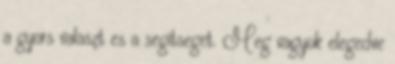
a gyors valaszt es a segitseget. Meg vagyok elegedve